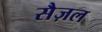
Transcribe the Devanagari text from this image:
सैज़ल